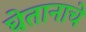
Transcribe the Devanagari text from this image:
घेतानाचे